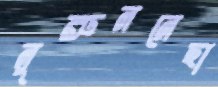
নুরুননেছা